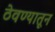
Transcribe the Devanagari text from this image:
ठेवण्यातून